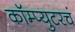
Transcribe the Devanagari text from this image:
कॉम्प्युटरचं